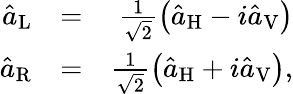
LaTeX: \begin{array}{rlr}{\hat{a}_{\mathrm{L}}}&{=}&{\frac{1}{\sqrt{2}}\left(\hat{a}_{\mathrm{H}}-i\hat{a}_{\mathrm{V}}\right)}\\ {\hat{a}_{\mathrm{R}}}&{=}&{\frac{1}{\sqrt{2}}\left(\hat{a}_{\mathrm{H}}+i\hat{a}_{\mathrm{V}}\right),}\end{array}